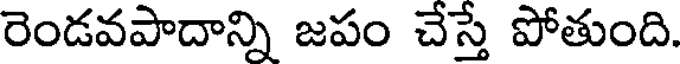
రెండవపాదాన్ని జపం చేస్తే పోతుంది.